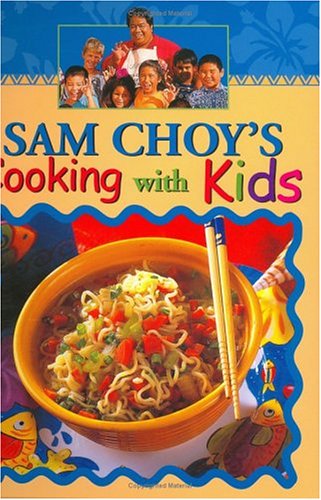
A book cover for Sam Choy's Cooking With Kids; Sam Choy; Teen & Young Adult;